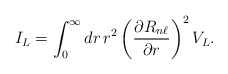
\begin{align*}I_{L} = \int_{0}^{\infty } dr\,r^{2} \left(\frac{\partial R_{n\ell }}{\partial r}\right)^{2} V_{L}.\end{align*}